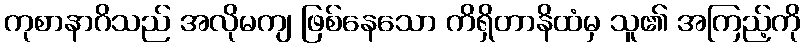
ကုစာနာဂိသည် အလိုမကျ ဖြစ်နေသော ကိရှိတာနိထံမှ သူ၏ အကြည့်ကို